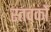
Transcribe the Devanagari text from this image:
स्तवकों